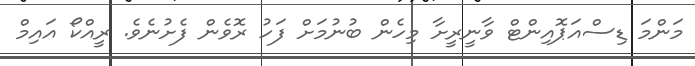
މަންމަ ޑިސްއަޕޮއިންޓް ވާނީރީށާ މިހެން ބުނުމަށް ފަހު ރޮވެން ފެށުނެވެ. ރީއްކޯ އައިމް